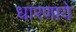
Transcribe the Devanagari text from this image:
धारणाये